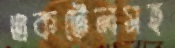
একটেলসহ